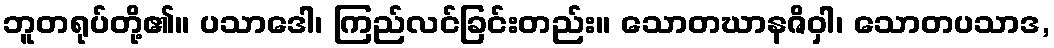
ဘူတရုပ်တို့၏။ ပသာဒေါ၊ ကြည်လင်ခြင်းတည်း။ သောတဃာနဇိဝှါ၊ သောတပသာဒ,